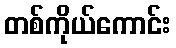
တစ်ကိုယ်ကောင်း